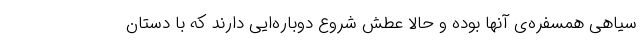
سیاهی همسفره‌ی آنها بوده و حالا عطش شروع دوباره‌ایی دارند که با دستان